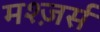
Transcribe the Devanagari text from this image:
मश्ज़र्स